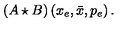
\left( A \star B \right) \left( x _ { e } , \bar { x } , p _ { e } \right) .